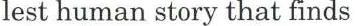
lest human story that finds